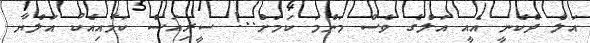
އަލް ދެކެނީ އެއީ އަލްގެ ވެސް މަންމަ ކަމަށް..! ސީރިއަސް ކަމާއިއެކު އަލްޔާ